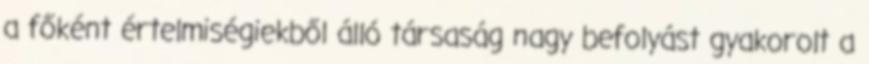
a főként értelmiségiekből álló társaság nagy befolyást gyakorolt a